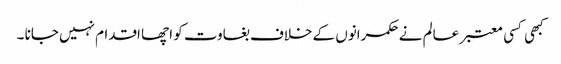
کبھی کسی معتبر عالم نے حکمرانوں کے خلاف بغاوت کو اچھا اقدام نہیں جانا ۔